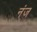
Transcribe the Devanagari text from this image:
नंज